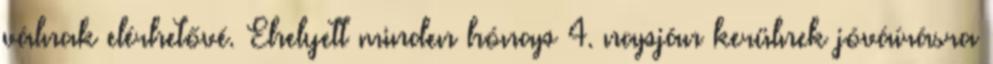
válnak elérhetővé. Ehelyett minden hónap 4. napján kerülnek jóváírásra